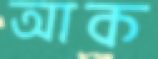
আক